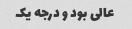
عالی بود و درجه یک